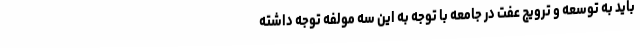
باید به توسعه و ترویج عفت در جامعه با توجه به این سه مولفه توجه داشته